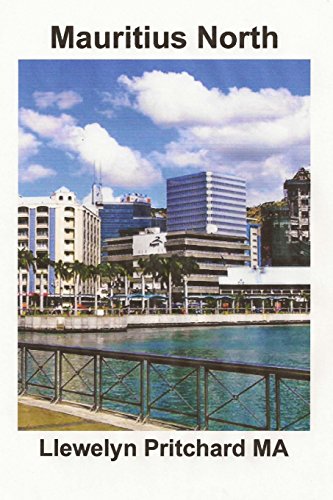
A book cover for Mauritius North: Un Souvenir Collezione di Fotografie a colori con didascalie (Foto Album) (Volume 11) (Italian Edition); Llewelyn Pritchard MA; Travel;